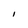
Character: I